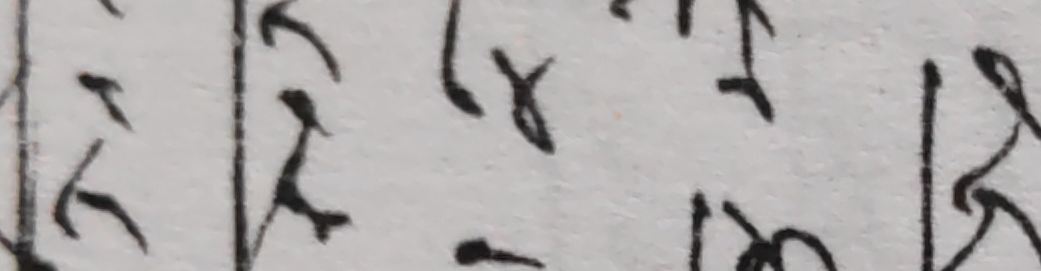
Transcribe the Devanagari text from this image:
२१४७
२१-७७